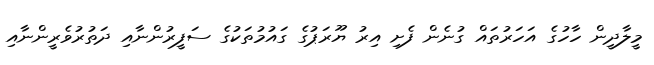
މީލާދީން ހާހުގެ އަހަރުތައް ގުނެން ފެށި އިރު ޔޫރަޕުގެ ގައުމުތަކުގެ ސަފީރުންނާއި ދަތުރުވެރީންނާއި